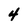
Character: 4